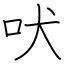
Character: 吠